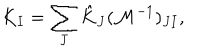
K _ { I } = \sum _ { J } \hat { K } _ { J } ( { \cal M } ^ { - 1 } ) _ { J I } ,